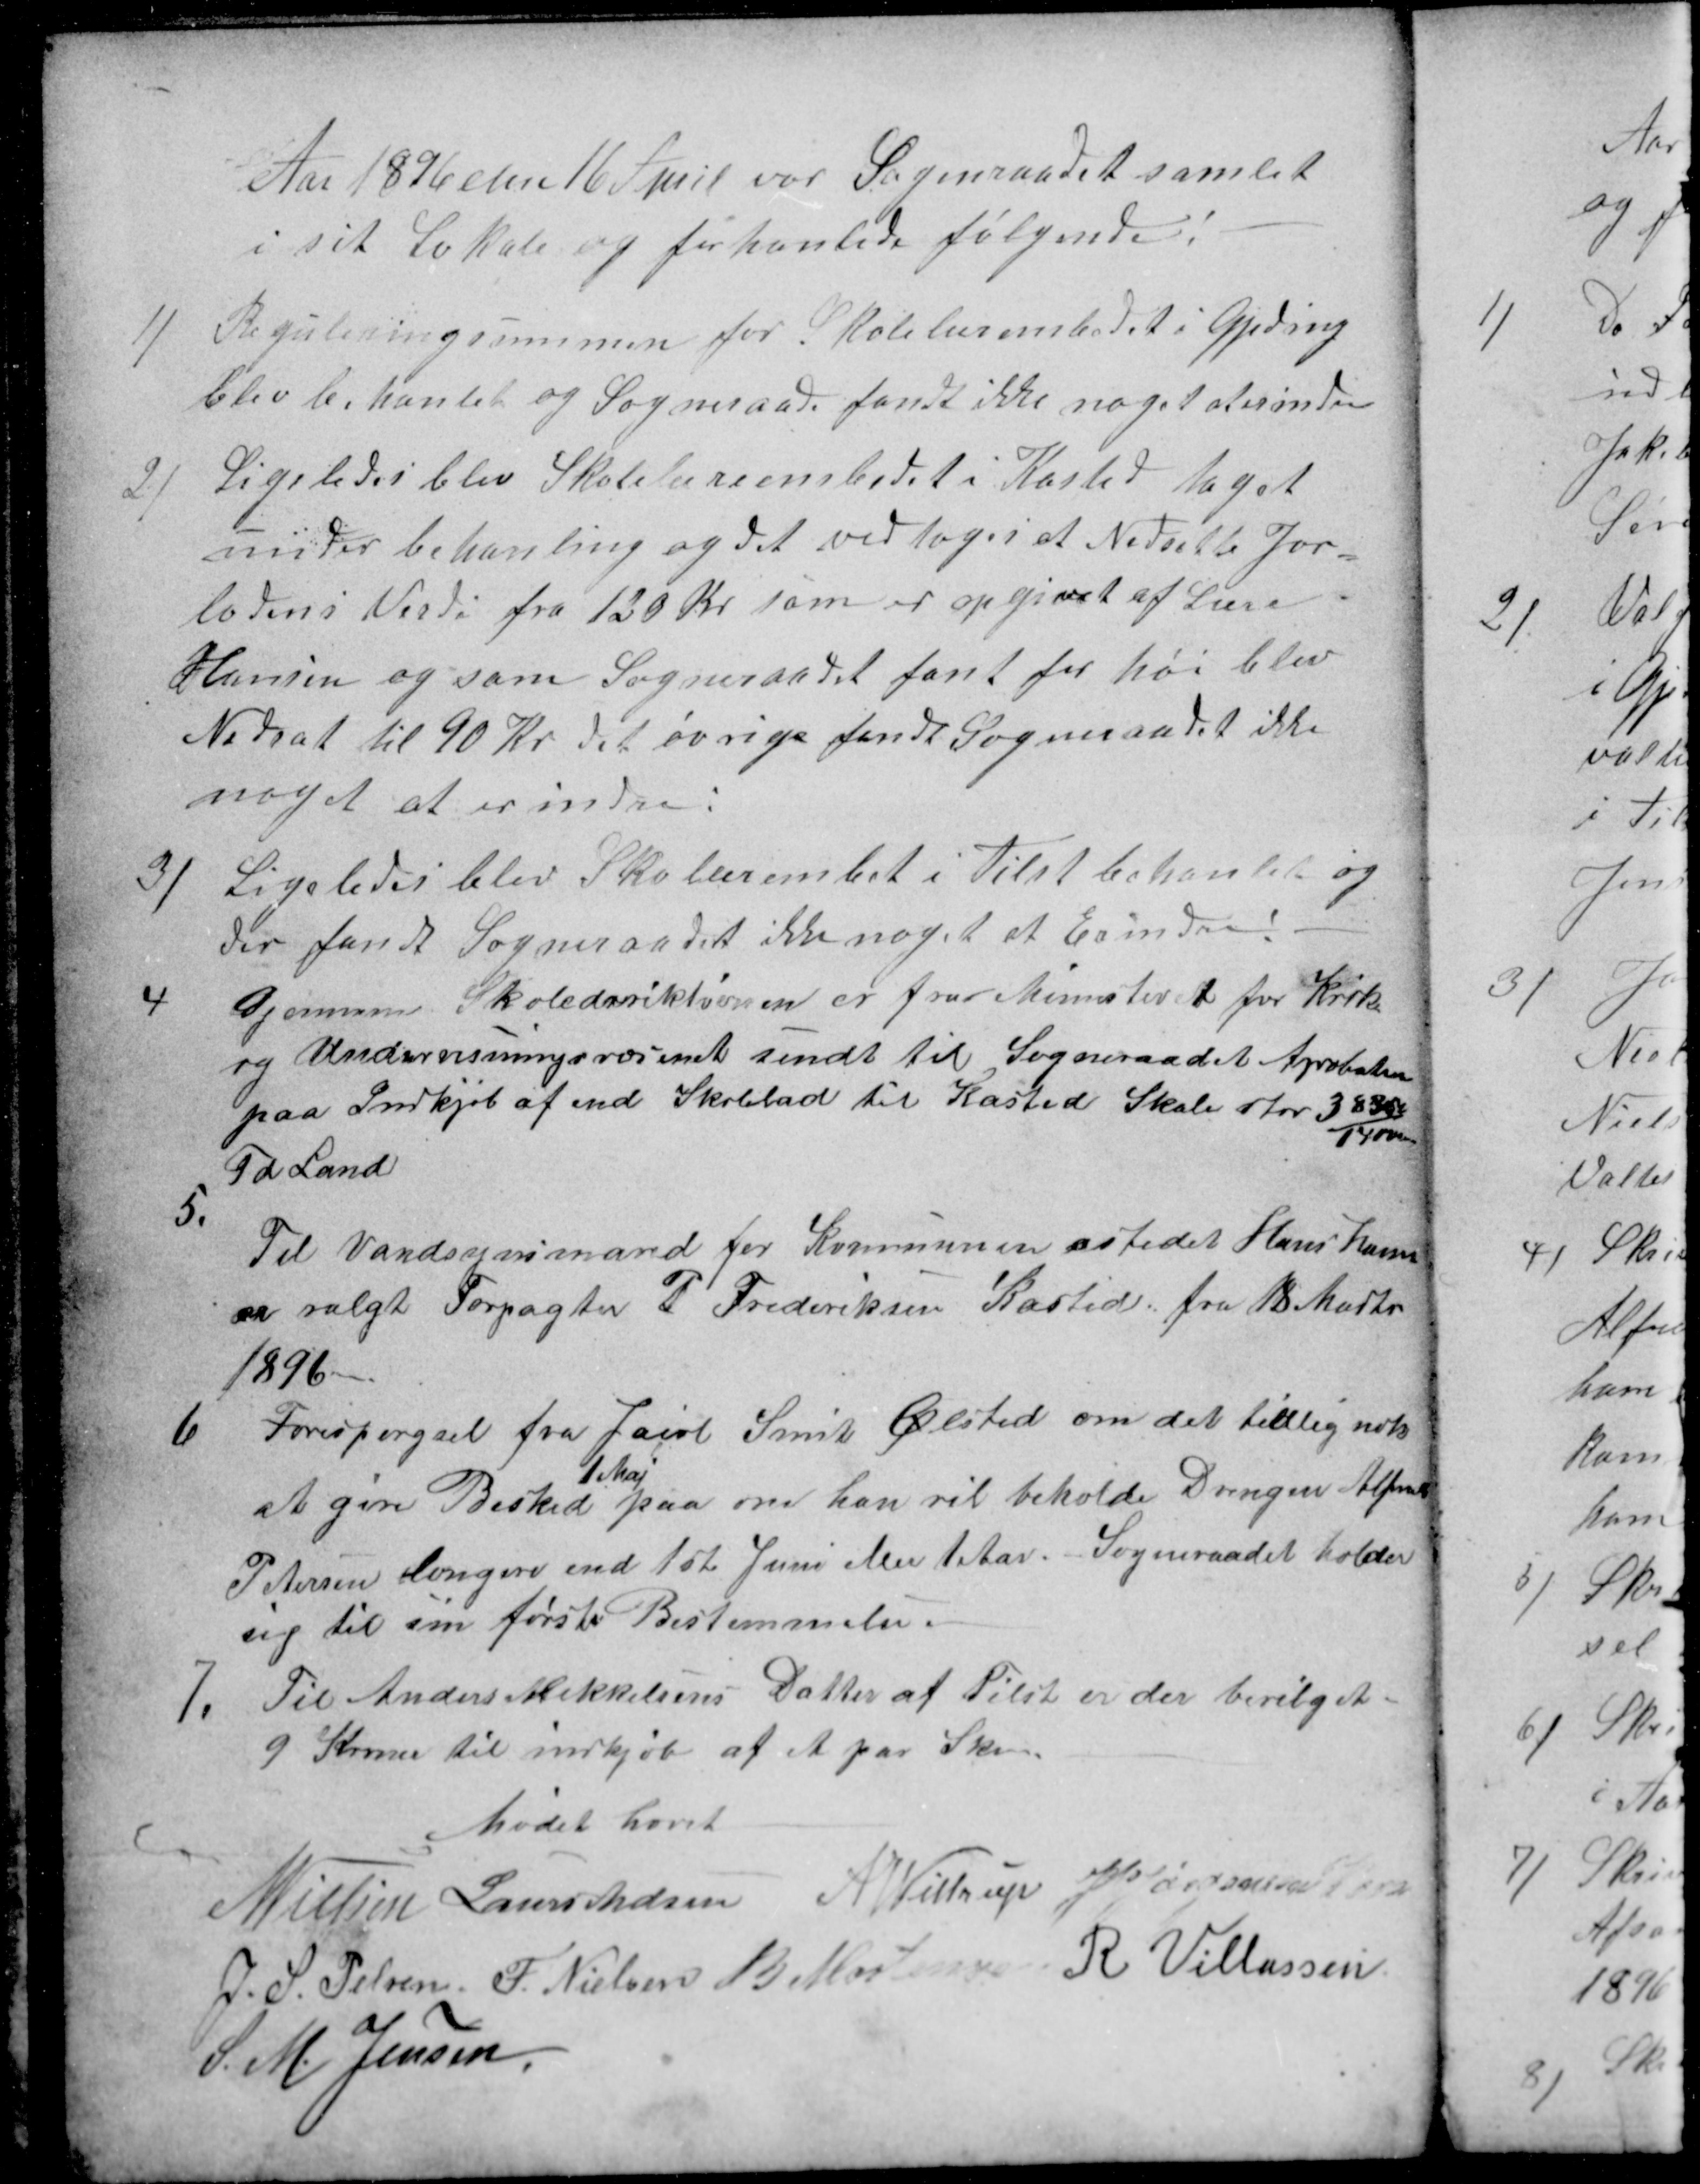
Transskription:
Aar 1896 den 16 April var Sogneraadet samlet
i sit Lokale og forhanlede følgende:
1)
Reguleringssummen for Skolelærembedet i Gjeding
blev behanlet og Sogneraad fandt ikke noget at erindre
2)
Ligeledes blev Skolelæreembedet i Kasted taget
under behanling og det vedtoges et Nedsette Jor-
lodens Verdi fra 120 Kr som er opgivet af Lære
Hansen og som Sogneraadet fant for høi blev
Nedsat til 90 Kr det øvrige fandt Sogneraadet ikke
noget at erindre.
3)
Ligeledes blev Skolerembet i Tilst behanlet og
der fandt Sogneraadet ikke noget at Erindre
4
Gjennem Skolederiktionen er fra Ministeriet for Kirke
og Undervisningsvæsenet sendt til Sogneraadet Aprobation
paa Indkjøb af end Skolelod til Kasted Skole stor 3830
1400
Td Land
5.
Til Vandsynsmand for Kommunen istedet Hans Hansen
er valgt Forpagter P. Frederiksen Kasted fra 18 Marts
1896-
6
Forespørgsel fra Jacob Smit Ølsted om det tidlig nok
at give Besked
1 Maj
paa om han vil beholde Drengen Alfred
Petersen længere end 1st Juni eller 1 Aar. Sogneraadet holder
sig til sin første Bestemmelse.
7.
Til Anders Mikkelsens Datter af Tilst er der bevilget
9 Kroner til indkjøb af et par Sko.
Mødet hævet
N Nielsen
Laurs Madsen
A Wittrup
J P Jørgensen Kaae
J. S. Pelsen
F. Nielsen
B Mortensen
R Villassen
S. M. Jensen